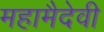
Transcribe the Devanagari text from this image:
महामैदेवी